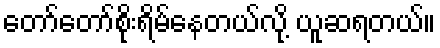
တော်တော်စိုးရိမ်နေတယ်လို့ ယူဆရတယ်။